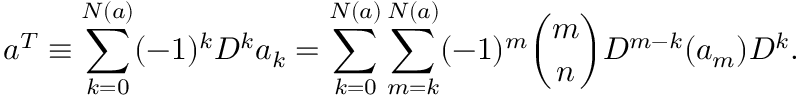
a ^ { T } \equiv \sum _ { k = 0 } ^ { N ( a ) } ( - 1 ) ^ { k } D ^ { k } a _ { k } = \sum _ { k = 0 } ^ { N ( a ) } \sum _ { m = k } ^ { N ( a ) } ( - 1 ) ^ { m } { \binom { m } { n } } D ^ { m - k } ( a _ { m } ) D ^ { k } .